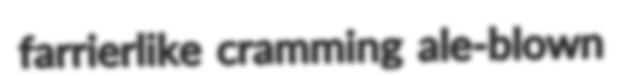
farrierlike cramming ale-blown